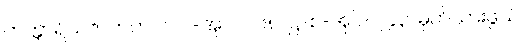
တက္ကာရိယဇာတက ပါ-ပ-အုပ်-၂၆၈၊ ဋ္ဌ-စ-အုပ်-၂၄၃၊ မှတ်သားဖွယ်